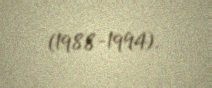
(1988-1994).